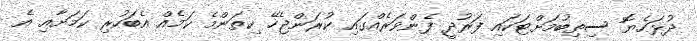
ދުޅަހެޔޮ ސިތިބުމަށްޓަކައި ފަރުދީ ފެންވަރެއްގައި ކުރަންޖެހޭ ކިތަންމެ ކަމެއް އެބަހުރި ކަމަށާއި އެ